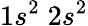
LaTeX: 1s^{2}\; 2s^{2}